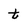
Character: t